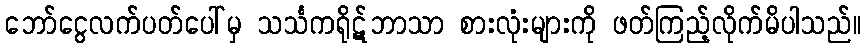
ဘော်ငွေလက်ပတ်ပေါ်မှ သင်္သကရိုဋ်ဘာသာ စားလုံးများကို ဖတ်ကြည့်လိုက်မိပါသည်။